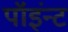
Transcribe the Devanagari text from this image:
पॉइंन्ट